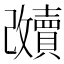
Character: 𲂶